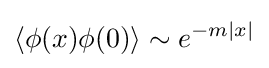
\langle \phi (x)\phi (0)\rangle \sim e^{-m|x|}